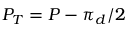
P _ { T } = P - \pi _ { d } / 2